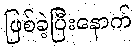
ဖြစ်ခဲ့ပြီးနောက်